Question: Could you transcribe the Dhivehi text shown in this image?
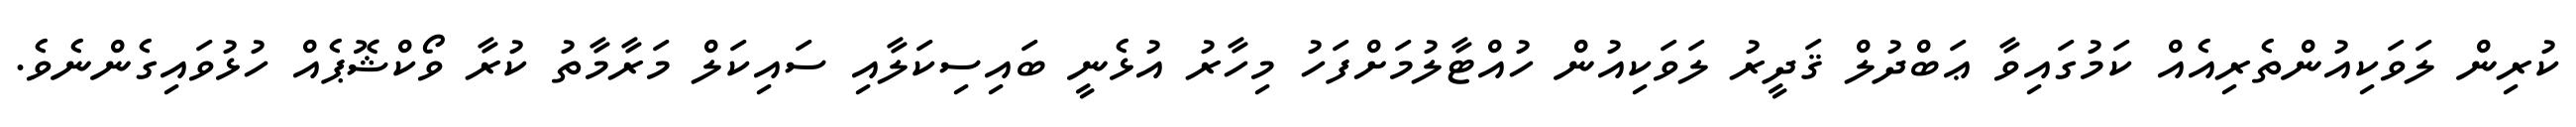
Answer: ކުރިން ލަވަކިއުންތެރިއެއް ކަމުގައިވާ ޢަބްދުލް ޤަދީރު ލަވަކިއުން ހުއްޓާލުމަށްފަހު މިހާރު އުޅެނީ ބައިސިކަލާއި ސައިކަލް މަރާމާތު ކުރާ ވޯކްޝޮޕެއް ހުޅުވައިގެންނެވެ.